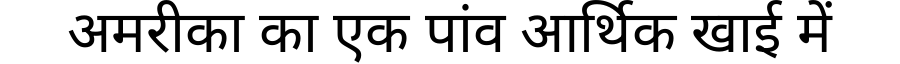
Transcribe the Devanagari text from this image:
अमरीका का एक पांव आर्थिक खाई में